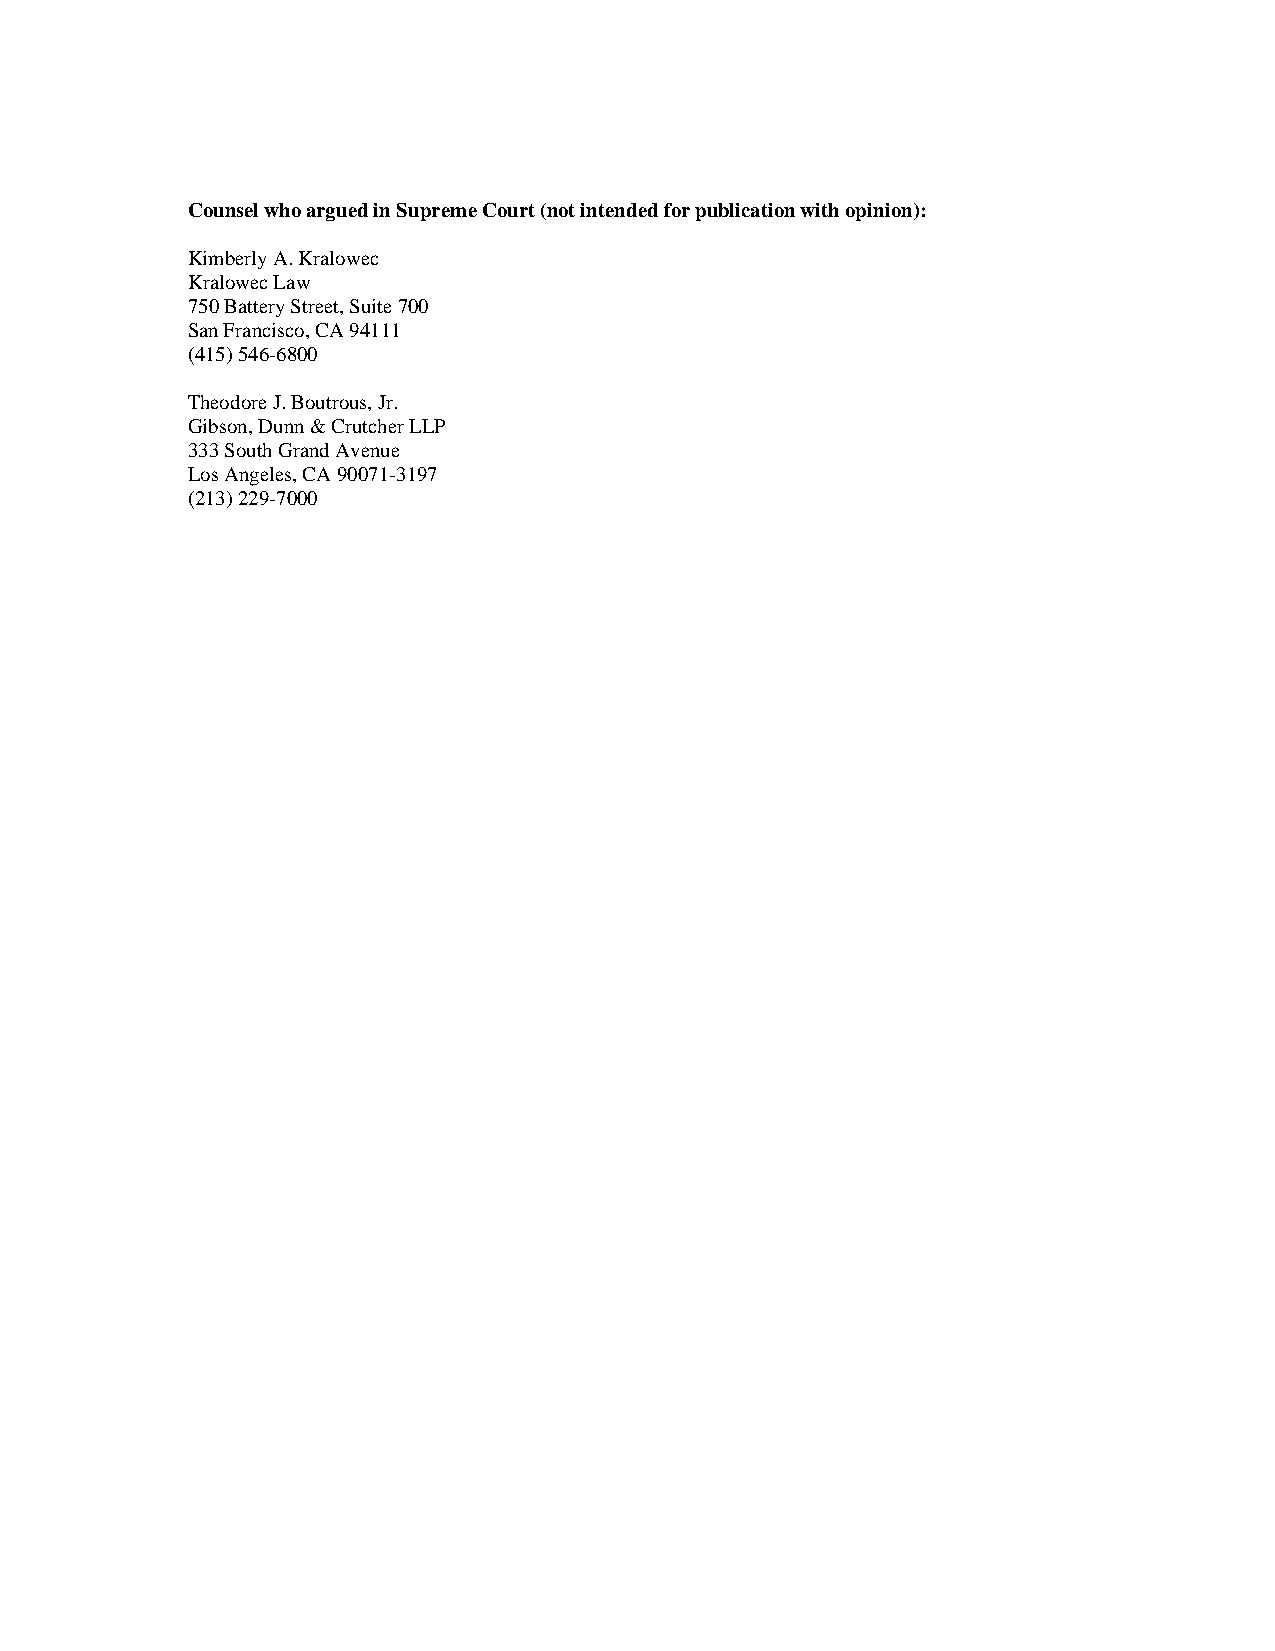
Counsel who argued in Supreme Court (not intended for publication with opinion):
 Kimberly A. Kralowec
 Kralowec Law
 750 Battery Street, Suite 700
 San Francisco, CA 94111
 (415) 546-6800
 Theodore J. Boutrous, Jr.
 Gibson, Dunn & Crutcher LLP
 333 South Grand Avenue
 Los Angeles, CA 90071-3197
 (213) 229-7000